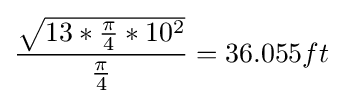
{{\sqrt {13*{{\pi } \over {4}}*10^{2}}} \over {\pi  \over 4}}=36.055ft